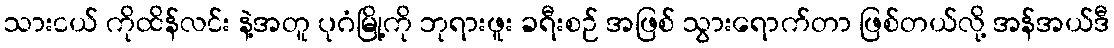
သားငယ် ကိုထိန်လင်း နဲ့အတူ ပုဂံမြို့ကို ဘုရားဖူး ခရီးစဉ် အဖြစ် သွားရောက်တာ ဖြစ်တယ်လို့ အန်အယ်ဒီ